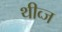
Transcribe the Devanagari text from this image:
थीव्ज